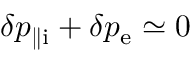
\delta p _ { \parallel \mathrm { i } } + \delta p _ { \mathrm { e } } \simeq 0